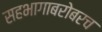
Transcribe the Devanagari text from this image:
सहभागाबरोबरच